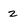
Character: 2